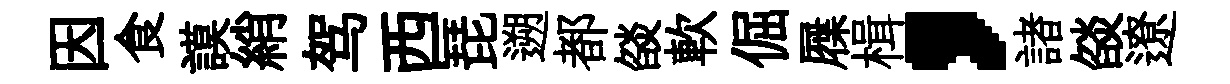
因食謨綃驾西琵遡都燄軟倔屧楫，諸燄遼